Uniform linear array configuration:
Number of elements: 32
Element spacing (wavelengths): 0.25
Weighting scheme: kaiser
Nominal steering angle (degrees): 0
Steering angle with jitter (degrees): -1.43
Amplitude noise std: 0.05
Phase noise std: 0.05

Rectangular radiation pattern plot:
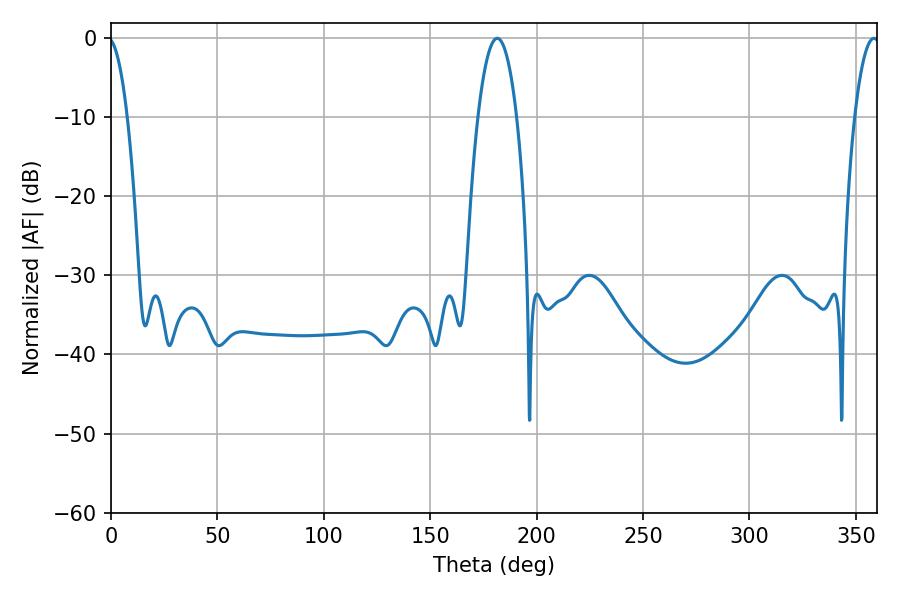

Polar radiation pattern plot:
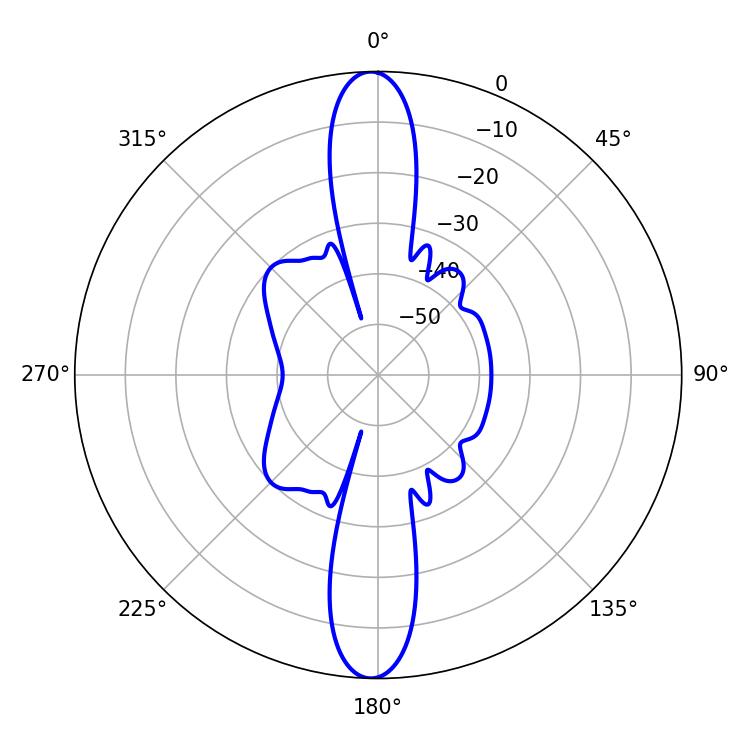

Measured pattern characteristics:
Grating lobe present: FALSE
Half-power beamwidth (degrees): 10.08
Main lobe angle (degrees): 181.44